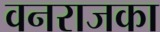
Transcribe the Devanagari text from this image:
वनराजका